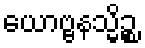
ယောဗ္ဗနသ္မိဉ္စ